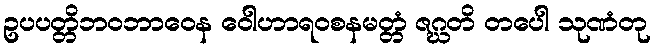
ဥပပတ္တိဘဝဘာဝေန ဝေါဟာရဝစနမတ္တံ ဇဂ္ဃတိ တပေါ သုဏံတု